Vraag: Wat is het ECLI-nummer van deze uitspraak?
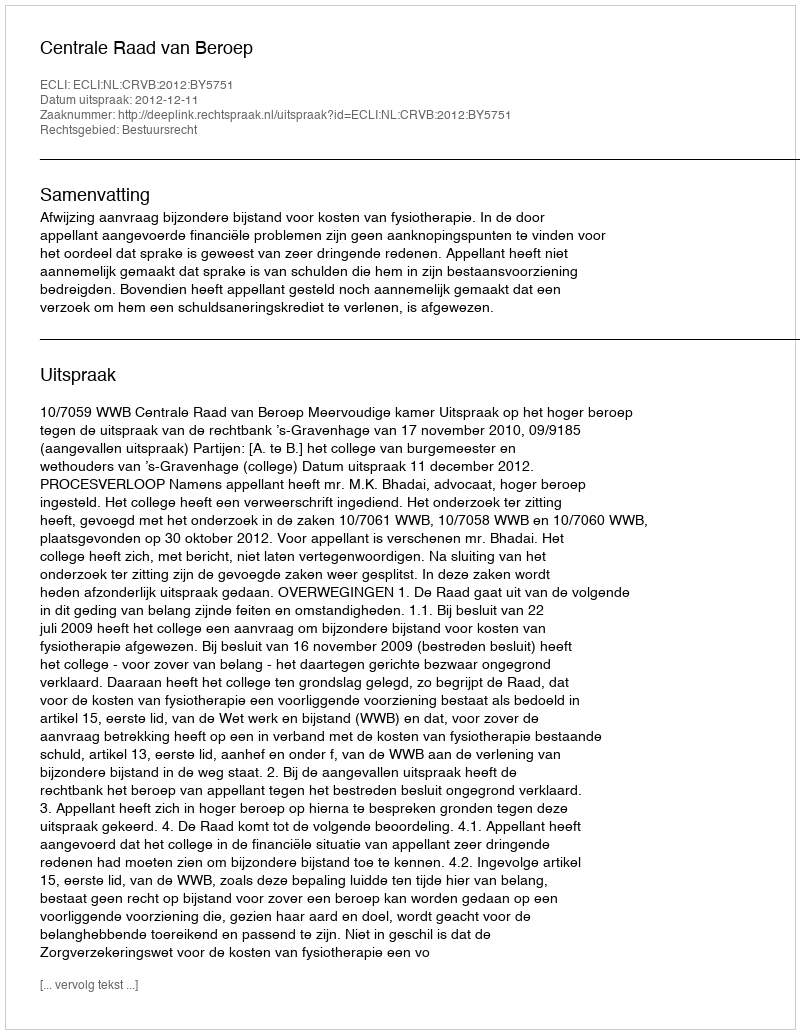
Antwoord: ECLI:NL:CRVB:2012:BY5751